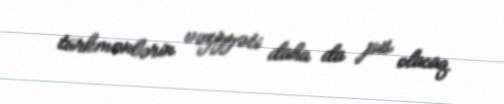
türkmənlərin vəziyyəti daha da pis olacaq.